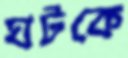
ঘটকে